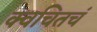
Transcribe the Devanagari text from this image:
क्वचितचं